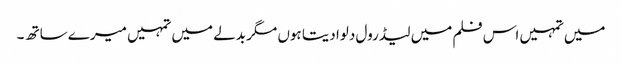
میں تمہیں اس فلم میں لیڈ رول دلوا دیتا ہوں مگر بدلے میں تمہیں میرے ساتھ ۔